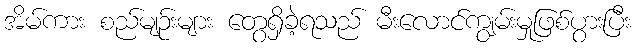
အိမ်ကား စည်မျဉ်းများ တွေရှိခဲ့ရသည် မီးလောင်ကျွမ်းမှုဖြစ်ပွားပြီး